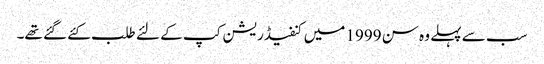
سب سے پہلے وہ سن 1999 میں کنفیڈریشن کپ کے لئے طلب کئے گئے تھے۔